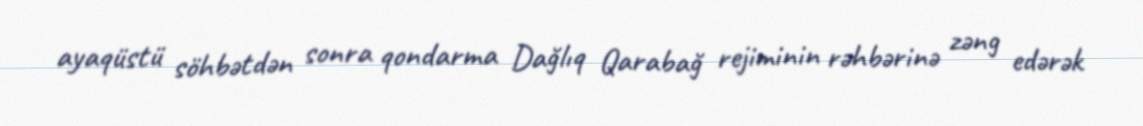
ayaqüstü söhbətdən sonra qondarma Dağlıq Qarabağ rejiminin rəhbərinə zəng edərək